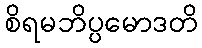
စိရမဘိပ္ပမောဒတိ